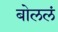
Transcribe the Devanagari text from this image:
बोललं